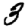
Digit: 3